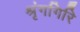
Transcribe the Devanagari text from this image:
श्रृंगगिरि